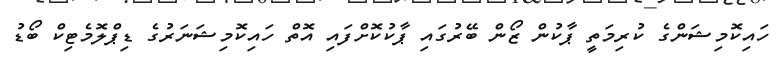
ހައިކޮމިޝަންގެ ކުރިމަތީ ޕާކުން ޒޯން ބޭރުގައި ޕާކުކޮށްފައި އޮތް ހައިކޮމިޝަނަރުގެ ޑިޕްލޮމެޓިކް ބޯޑު